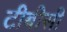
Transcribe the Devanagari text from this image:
टीबीसी